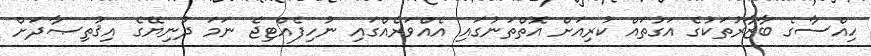
ހިއްސާގެ ބާޒާރުތަކުގެ އަގުތައް ކުރިއަށް އޮތްތަނުގައި އެއްވަރެއްގައި ނުހިފެއްޓިޖެ ނަމަ ދުނިޔޭގެ އިޤުތިޞާދަށް